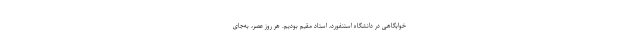
خوابگاهی در دانشگاه استنفورد، استادِ مقیم بودیم. هر روز عصر، به‌جای